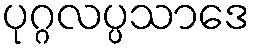
ပုဂ္ဂလပ္ပသာဒေ